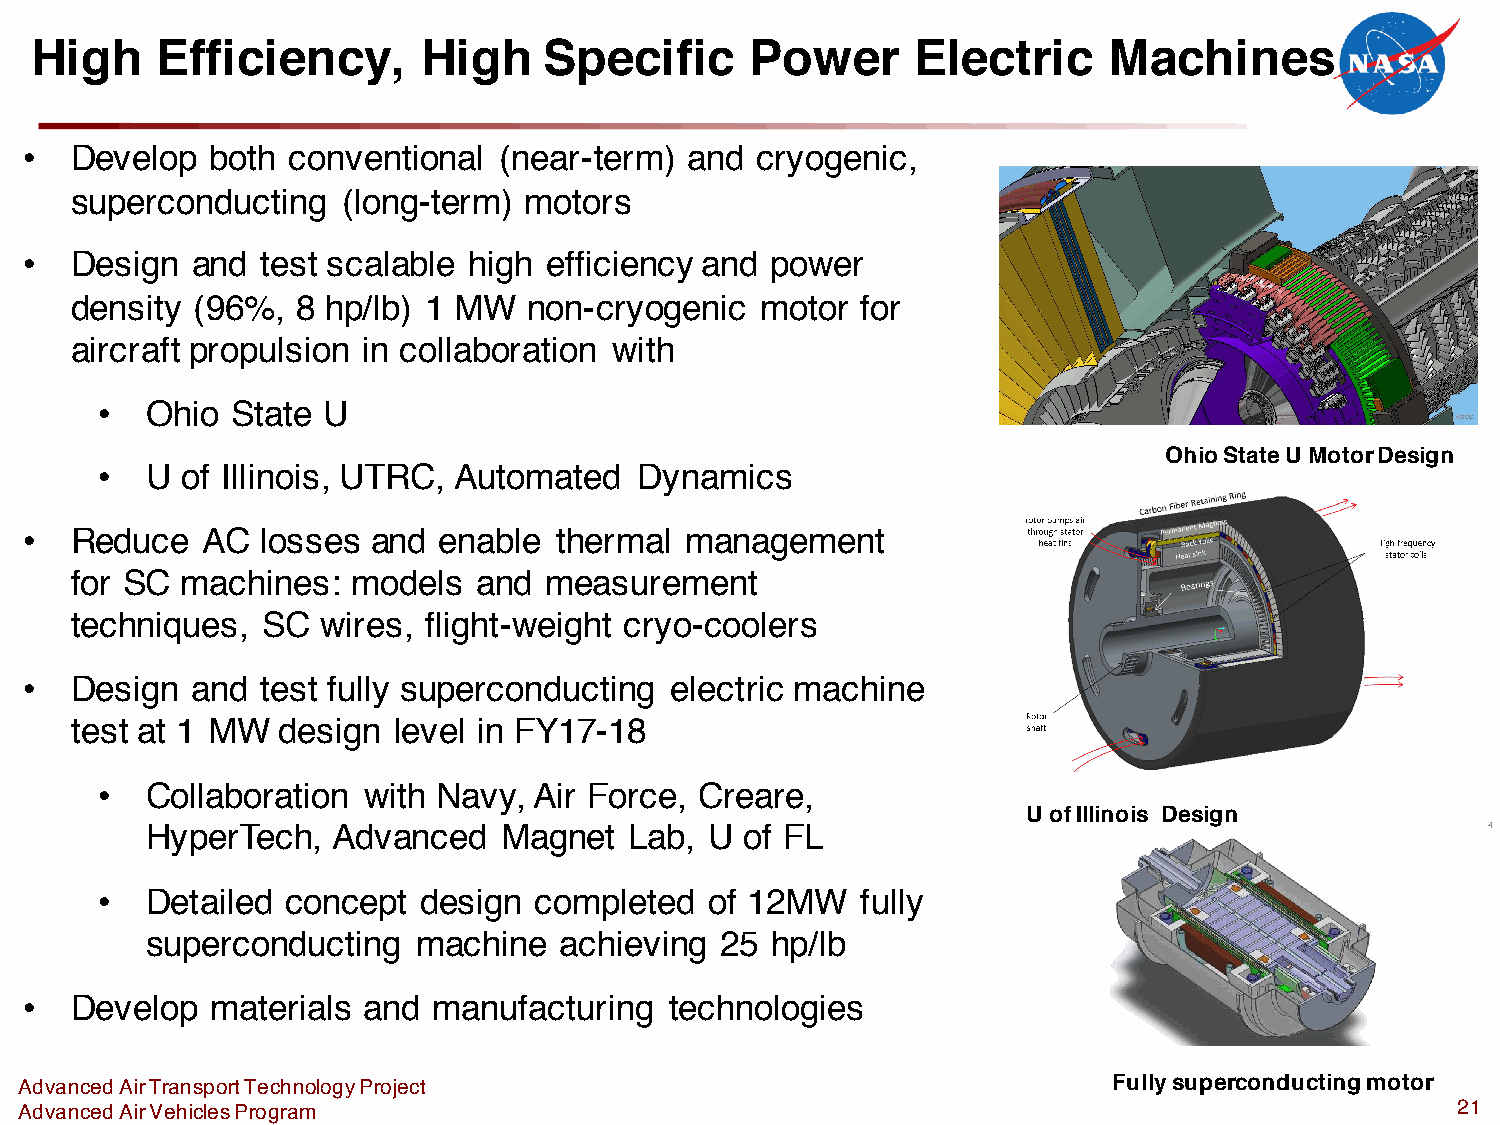
High    Efficiency,       High    Specific      Power      Electric    Machines
 •  Develop  both conventional  (near-term)  and cryogenic,
 superconducting   (long-term) motors
 •  Design  and test scalable high efficiency and power
 density (96%,  8 hp/lb) 1 MW  non-cryogenic  motor  for
 aircraft propulsion in collaboration with
 •   Ohio State U
 Ohio State U Motor Design
 •   U of Illinois, UTRC, Automated  Dynamics
 •  Reduce  AC  losses  and enable  thermal management
 for SC machines:  models   and measurement
 techniques, SC  wires, flight-weight cryo-coolers
 •  Design  and test fully superconducting electric machine
 test at 1 MW design  level in FY17-18
 •   Collaboration with Navy, Air Force, Creare,
 U of Illinois Design
 HyperTech,  Advanced   Magnet   Lab, U of FL
 •   Detailed concept  design completed   of 12MW   fully
 superconducting   machine  achieving  25 hp/lb
 •  Develop  materials and  manufacturing  technologies
 Advanced Air Transport Technology Project                                Fully superconducting motor
 Advanced Air Vehicles Program                                                                  21